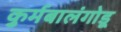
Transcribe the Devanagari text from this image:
कुर्मबालंगोडू